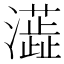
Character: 𤃓